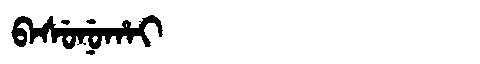
Manchu: ᠪᠠᠰᡠᠨᡠᡥᠠᡳ
Romanization: BASUNUHAI